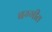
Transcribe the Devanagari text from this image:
बग्गीत